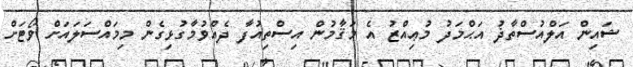
ޝައިން އަލްއުސްތާޛު އަޙްމަދު މުޢިއްޒު އެ މަޤާމުން އިސްތިއުފާ ދެއްވުމާގުޅިގެން މިމައްސަލައަށް ވޯޓަށް